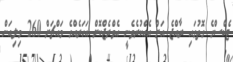
ޓެކްސްގެ ގޮތުގައި ރާއްޖެ އަށް އެއްކުރެވެނީ އެވްރެޖްކޮށް އަހަރެއްގެ މައްޗަށް 260 މިލިއަން